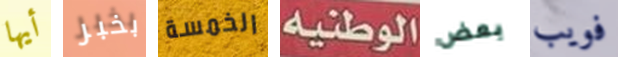
أيها بخبر الخمسة الوطنية بعض فويب